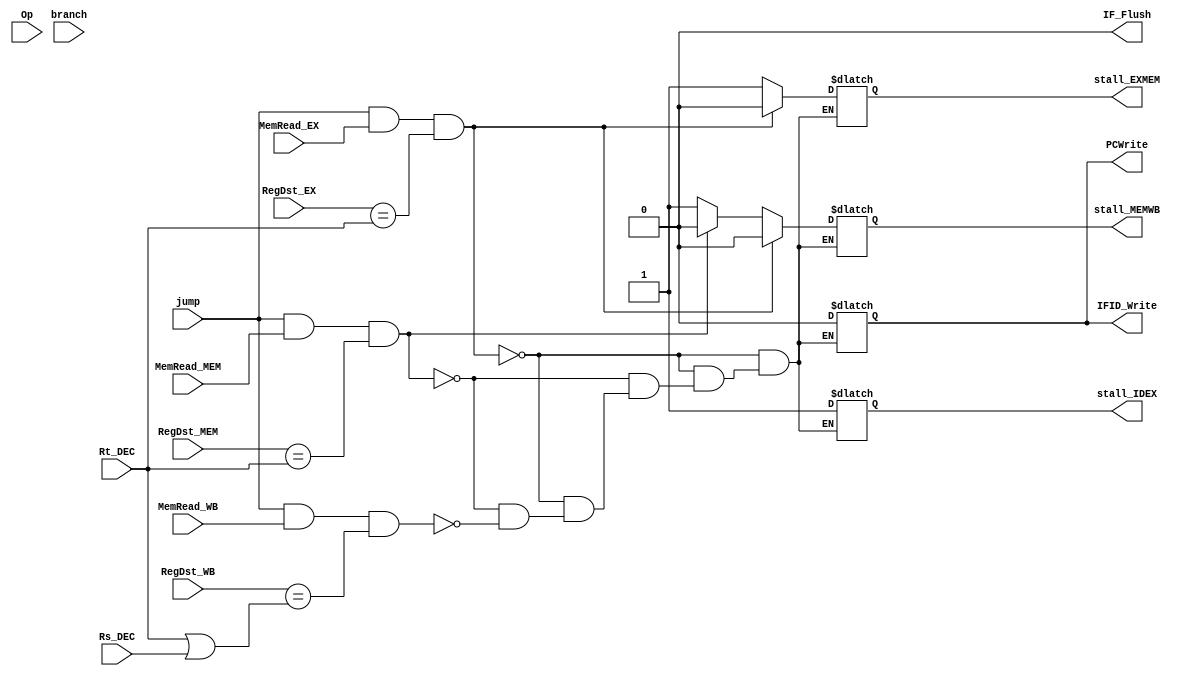
`timescale 1ns / 1ps


module HazardDetectionRahel(
    RegDst_EX, RegDst_MEM, RegDst_WB, 
    Rs_DEC, Rt_DEC,
    MemRead_EX, MemRead_MEM, MemRead_WB,  
    //RegWrite_DEC, RegWrite_EX, RegWrite_WB,   
    Op, jump, branch,  
    stall_IDEX, stall_EXMEM, stall_MEMWB, //outputs
    IFID_Write, PCWrite, IF_Flush 
    );
    
    input MemRead_EX, MemRead_MEM, MemRead_WB; 
    //RegWrite_DEC, RegWrite_EX, RegWrite_WB;
    input [4:0] RegDst_EX, RegDst_MEM, RegDst_WB, Rs_DEC, Rt_DEC;
    
    
    input [5:0] Op;
    input  jump, branch;
    output reg stall_IDEX, stall_EXMEM, stall_MEMWB; // 1 to stall/insert zeros
    output reg IFID_Write, PCWrite, IF_Flush; // 1 means to do the action implied 
    initial begin
        PCWrite <= 1; IFID_Write <= 1; PCWrite <= 1; IF_Flush <= 0;
        stall_IDEX <=0; stall_EXMEM <= 0; stall_MEMWB <= 0;
    end 
    
   always @(*) begin
        if (jump == 1 && MemRead_EX == 1 &&  RegDst_EX == Rt_DEC) begin
            stall_IDEX = 1;
            stall_EXMEM = 0;
            stall_MEMWB = 0;
            IFID_Write = 0; PCWrite = 0; IF_Flush = 0;
        end
        
        else if (jump == 1 && MemRead_MEM == 1 &&  RegDst_MEM == Rt_DEC) begin 
            stall_IDEX = 1; // DO WE ZERO THIS OUT?
            stall_EXMEM = 1;
            stall_MEMWB = 0;
            IFID_Write = 0; PCWrite = 0; IF_Flush = 0;
        end
        
        else if (jump == 1 && MemRead_WB == 1 &&  RegDst_WB == (Rt_DEC || Rs_DEC)) begin 
            stall_IDEX = 1; // DO WE ZERO THIS OUT?
            stall_EXMEM = 1; // DO WE ZERO THIS OUT?
            stall_MEMWB = 1; 
            IFID_Write = 0; PCWrite = 0; IF_Flush = 0;
        end
    end //always
endmodule